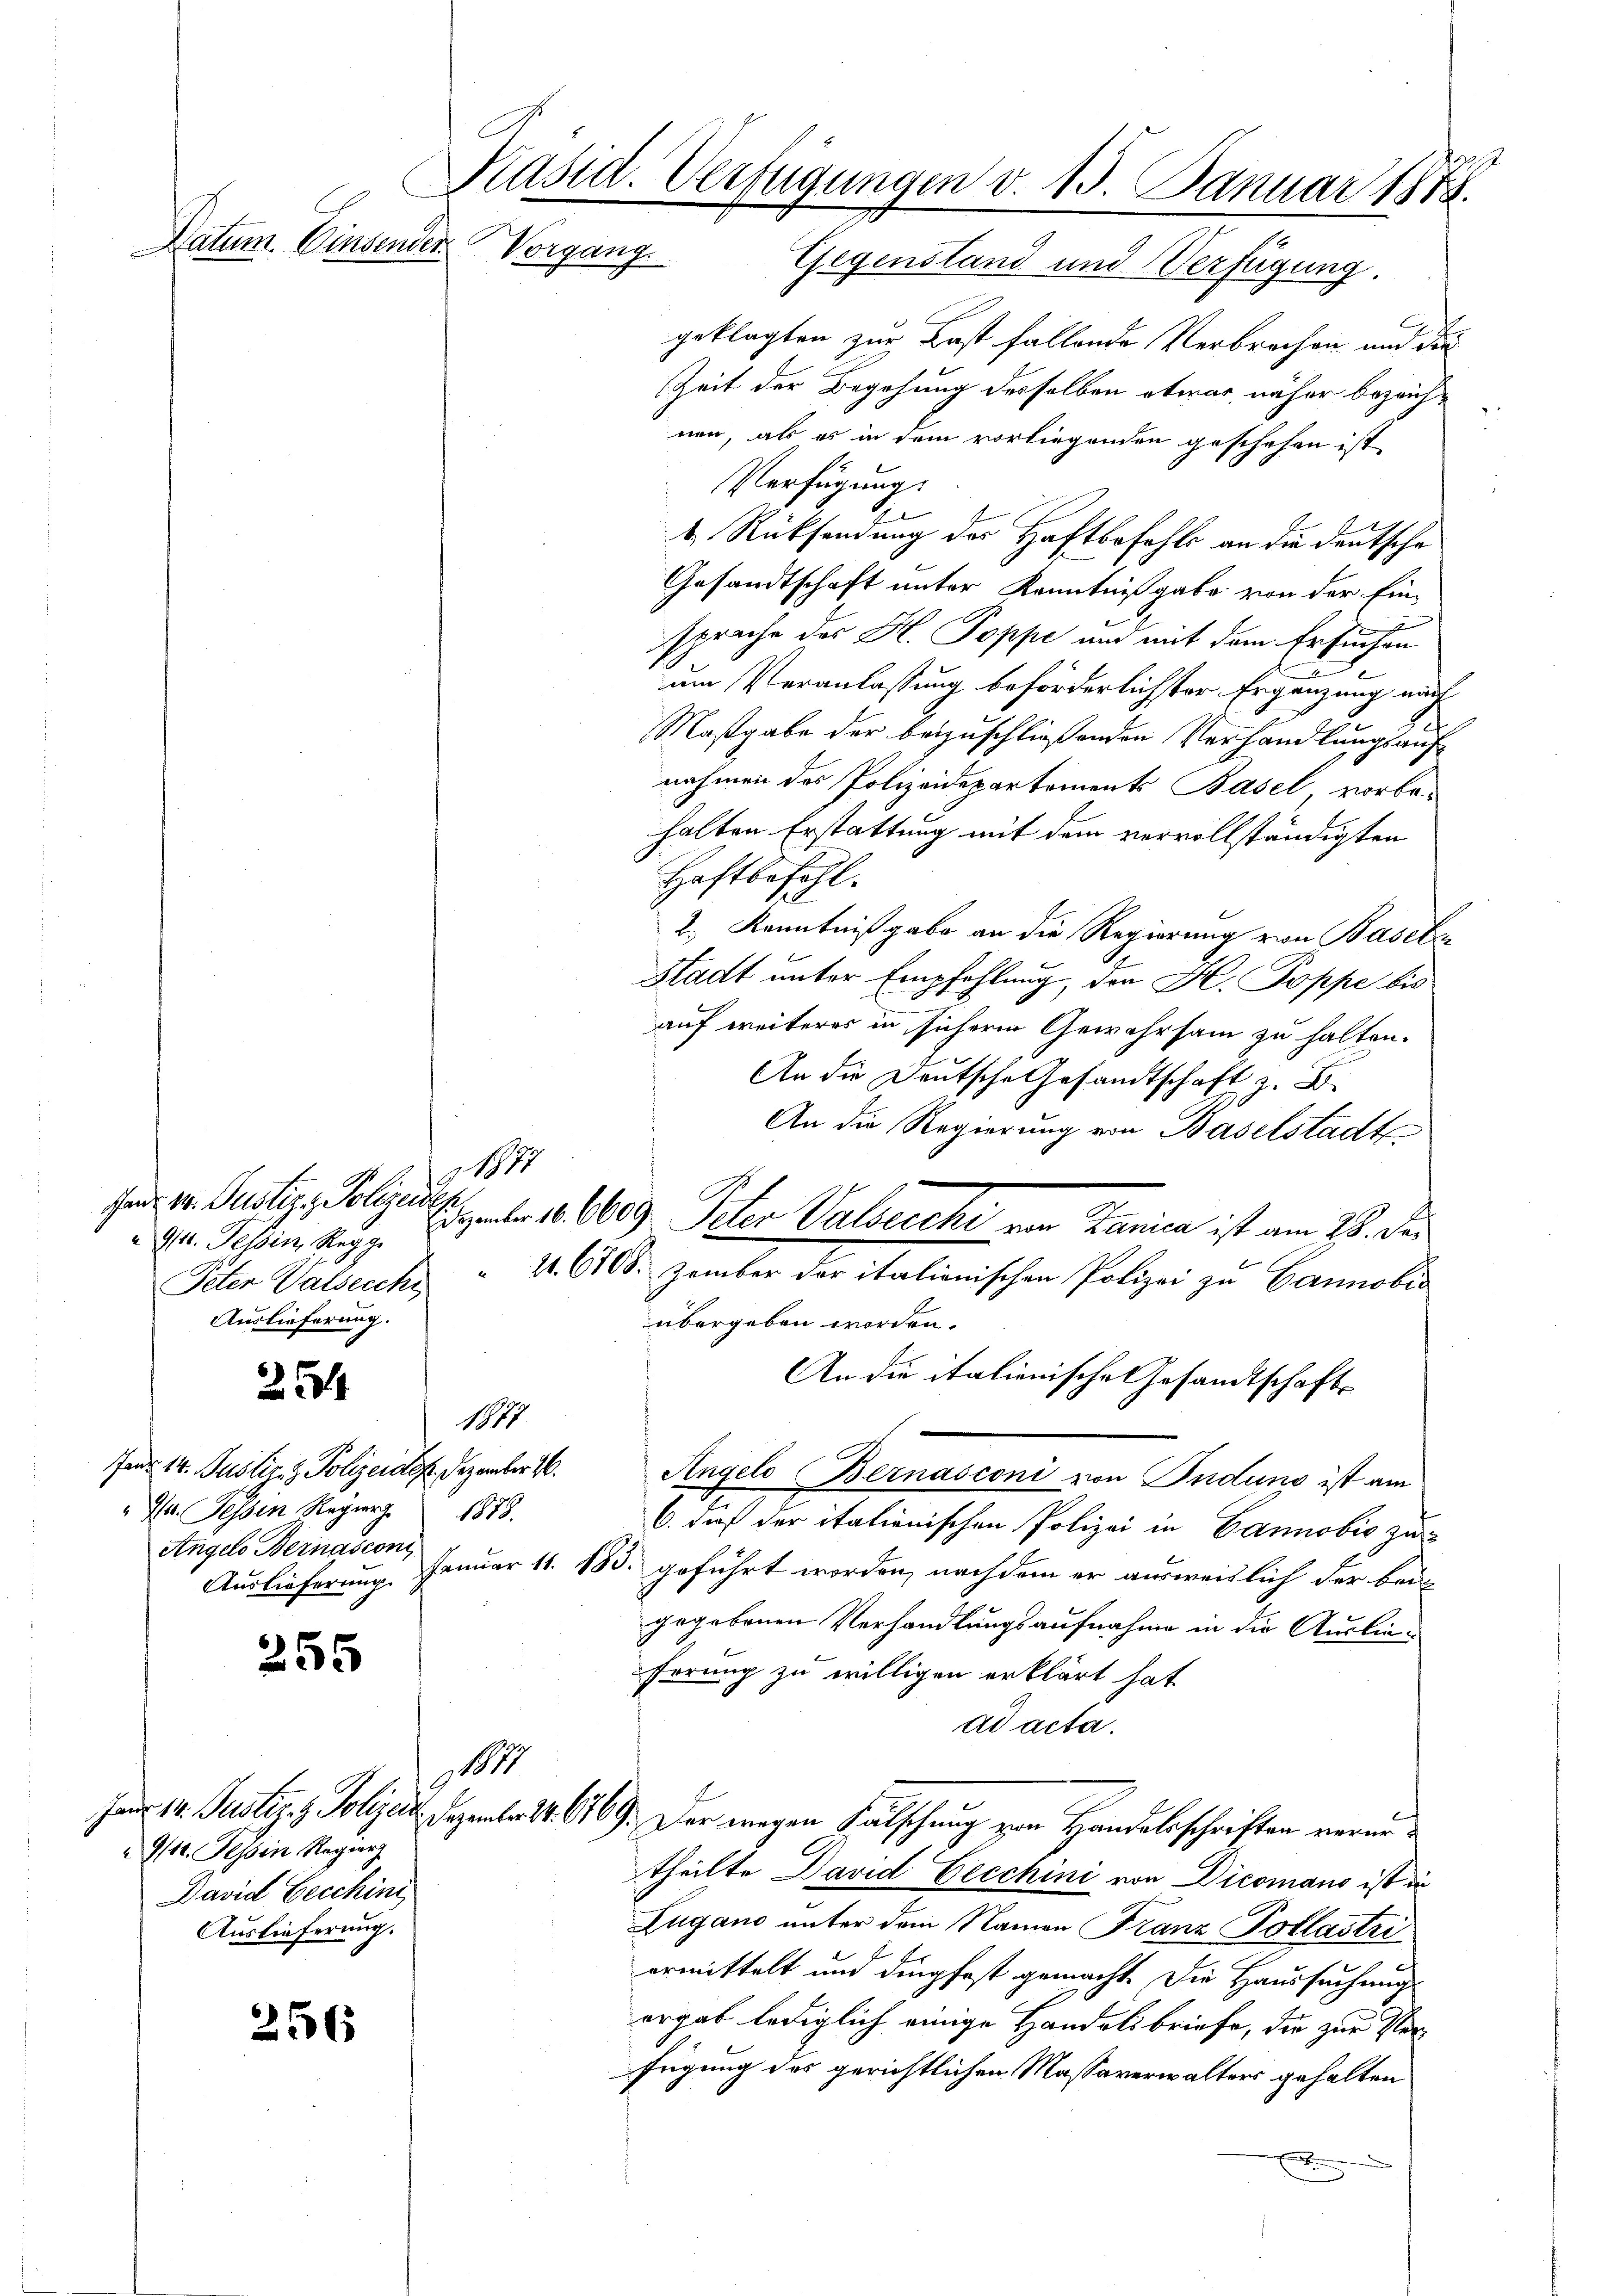
910. Tessin, Regg.
Auslieferung.

Präsid. Verfügungen v. 13. Januar 1888.
Datum. Einsender
Vorgang. Gegenstand und Verfügung.

254

255

9/11. Tessin Regier
David Eecchini
Auslieferung.

256

1877

geklagten zur Last fallende Verbrechen und die
Zeit der Begehung desselben etwas näher bezeichnen, als es in dem vorliegenden geschehen ist,
Verfügung.
b. Rücksendung des Haftbefohle an die Deutsche
Gesandtschaft unter Kenntnißgabe von der Ein-
sprache des H. Poppe und mit dem Ersuchen
um Veranlassung beförderlichster Ergänzung nach
Maßgabe der beizuschließenden Verhandlungsauf
nahmen des Polizeidepartements Basel vorbe-
halten Erstattung mit dem vervollständigten
Haftbefehl.
2.) Kenntnißgabe an die Regierung von Basels
Stadt unter Empfehlung, der K. Poppe bis
auf weiteres in sicherin Gewahrsam zu halten.
An die Deutsche Gesandtschaft z. B.
An die Regierung von Baselstadten
 . 609. Peter Valsecchi von Lanien ist am 28. der
Peler Walderche 11. 610. Zember der italienischen Polizei zu Cannobi
übergeben worden.
An die italienische Gesandtschafts
1877
fanr 14. Justiz- & Polizeid. Dezember 16. Angelo Bernasconi von Puduno ist am
6. dieß der italienischen Polizei in Cannobis zu
Auslieferung. Januar 11. 185. geführt worden, nachdem er ausweislich der beigegebenen Verhandlungsaufnahme in die Auslieferung zu willigen erklärt hat.
ad acta.
1878
han. 12. Justiz & Polizei. Dezember 14. 669. Der wegen Fälschung von Handelsschriften verurtheilte David Decchini von Dicomano ist in
Zugano unter dem Namen Franz Pollastri
ermittelt und dipfest gemacht. Die Haussuchungs
ergab lediglich einige Handelsbriefe, die zur Perfügung des gerichtlichen Massaverwalters gehalten
h

X. Tessin Regier 1878.
Angels Bernascon